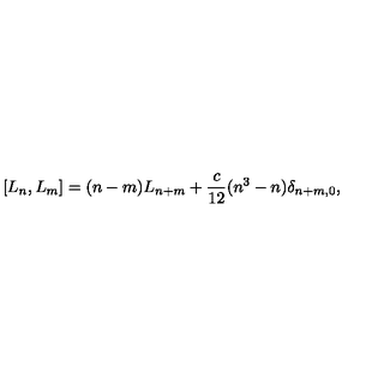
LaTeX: [ L _ { n } , L _ { m } ] = ( n - m ) L _ { n + m } + \frac { c } { 1 2 } ( n ^ { 3 } - n ) { \delta } _ { n + m , 0 } ,